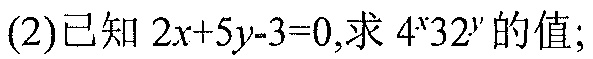
(2)已知\(2x + 5y - 3 = 0\),求\(4^{x}32^{y}\)的值;